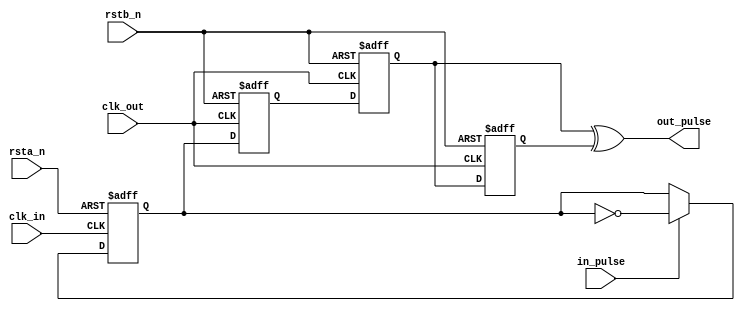
module csi2tx_sync_pulse(
  clk_in, 
  clk_out,
  rsta_n,
  rstb_n,
  in_pulse,
  
  out_pulse
  );
  
  input clk_in;       // Clock Input
  input clk_out;      // Clock Output
  input rsta_n;       // Active low Reset
  input rstb_n;       // Active low Reset
  input in_pulse;     // Input Pulse - Asserted for 1 clk (clk_in)
  
  output out_pulse;   // Synchronized Output Pulse - Asserted for 1 clk (clk_out)
  
  reg in_pulse_lat;
  reg flop1;
  reg flop2;
  reg flop3;
  
  assign out_pulse = flop2 ^ flop3;
  
  // in_pulse is latched
  always @(posedge clk_in or negedge rsta_n)
    if (!rsta_n)
      in_pulse_lat <= 1'b 0;
    else if (in_pulse)
      in_pulse_lat <= ~in_pulse_lat;
  
  // Three Flop Synchronizer
  always @(posedge clk_out or negedge rstb_n)
    if (!rstb_n)
      begin : syn_init
        flop1 <= 1'b 0;
        flop2 <= 1'b 0;
        flop3 <= 1'b 0;
      end
    else 
      begin : flop_syn
        flop1 <= in_pulse_lat;
        flop2 <= flop1;
        flop3 <= flop2;
      end
  
endmodule